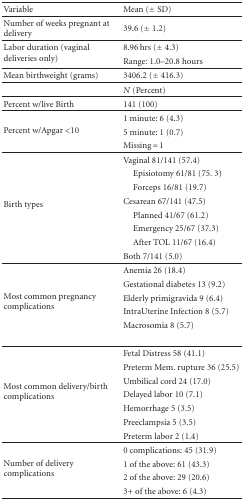
<table><thead><tr><td><b>Variable</b></td><td><b>Mean (± SD)</b></td></tr></thead><tbody><tr><td>Number of weeks pregnant at delivery</td><td>39.6 (± 1.2) </td></tr><tr><td rowspan="2">Labor duration (vaginal deliveries only)</td><td>8.96 hrs (± 4.3)</td></tr><tr><td>Range: 1.0–20.8 hours</td></tr><tr><td>Mean birthweight (grams)</td><td>3406.2 (± 416.3)</td></tr><tr><td></td><td><i>N</i> (Percent) </td></tr><tr><td>Percent w/live Birth</td><td>141 (100) </td></tr><tr><td rowspan="3">Percent w/Apgar &lt;10</td><td>1 minute: 6 (4.3)</td></tr><tr><td>5 minute: 1 (0.7)</td></tr><tr><td>Missing = 1</td></tr><tr><td rowspan="8">Birth types</td><td>Vaginal 81/141 (57.4)</td></tr><tr><td> Episiotomy 61/81 (75. 3)</td></tr><tr><td> Forceps 16/81 (19.7)</td></tr><tr><td>Cesarean 67/141 (47.5)</td></tr><tr><td> Planned 41/67 (61.2)</td></tr><tr><td> Emergency 25/67 (37.3)</td></tr><tr><td> After TOL 11/67 (16.4)</td></tr><tr><td>Both 7/141 (5.0) </td></tr><tr><td rowspan="6">Most common pregnancy complications</td><td>Anemia 26 (18.4)</td></tr><tr><td>Gestational diabetes 13 (9.2)</td></tr><tr><td>Elderly primigravida 9 (6.4)</td></tr><tr><td>IntraUterine Infection 8 (5.7)</td></tr><tr><td>Macrosomia 8 (5.7)</td></tr><tr><td rowspan="7">Most common delivery/birth complications</td><td>Fetal Distress 58 (41.1)</td></tr><tr><td>Preterm Mem. rupture 36 (25.5)</td></tr><tr><td>Umbilical cord 24 (17.0)</td></tr><tr><td>Delayed labor 10 (7.1)</td></tr><tr><td>Hemorrhage 5 (3.5)</td></tr><tr><td>Preeclampsia 5 (3.5)</td></tr><tr><td>Preterm labor 2 (1.4) </td></tr><tr><td rowspan="4">Number of delivery complications</td><td>0 complications: 45 (31.9)</td></tr><tr><td>1 of the above: 61 (43.3)</td></tr><tr><td>2 of the above: 29 (20.6)</td></tr><tr><td>3+ of the above: 6 (4.3)</td></tr></tbody></table>